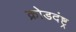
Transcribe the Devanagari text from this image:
क्रोडदंष्ट्र